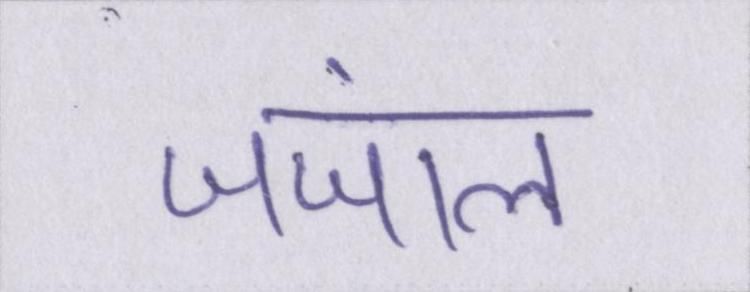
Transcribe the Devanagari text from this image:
जंजाल